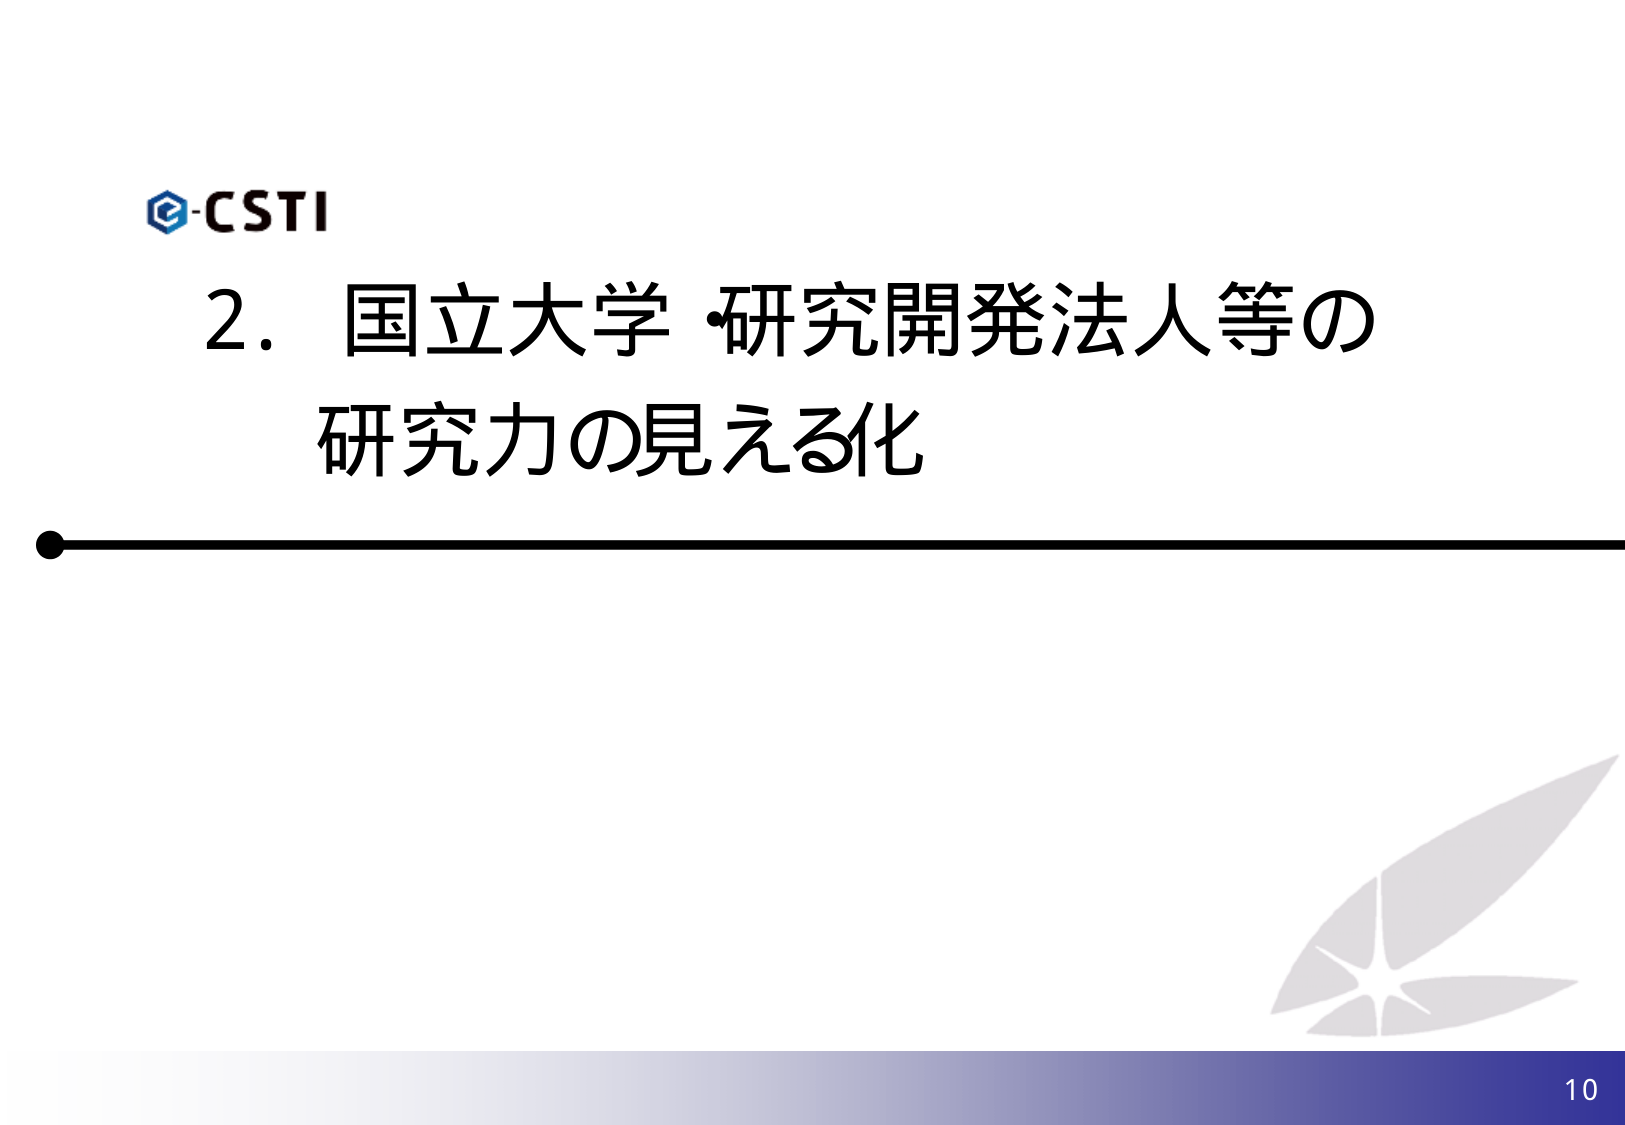
e-CSTI
2. 国立大学・研究開発法人等の
研究力の見える化
10